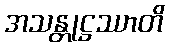
အသန္တုဋ္ဌဿာတိ